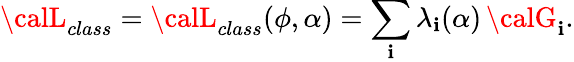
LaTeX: {\calL}_{class}={\calL}_{class}(\phi,\alpha)=\sum_{\mathbf{i}}\lambda_{\mathbf{i}}(\alpha)\, {\calG}_{\mathbf{i}}.